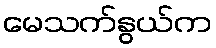
မေသက်နွယ်က